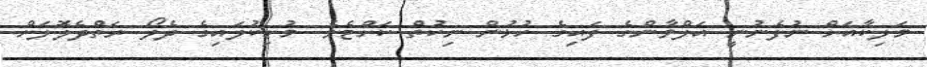
މަލިކާއަށް ނުފެނުނީ އަލްވާންގެ ފައިގެ ހުޅުން ނިކުތް ކަށްޓެވެ. މުށިކުލައިގެ ދެލޯ ރަތްދެލޮލަށް